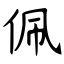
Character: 佩